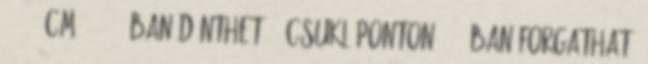
. -117 cm 5 -15°-ban dönthető 3 csuklóponton 180°-ban forgatható